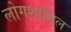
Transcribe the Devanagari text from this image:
लोगशामिल